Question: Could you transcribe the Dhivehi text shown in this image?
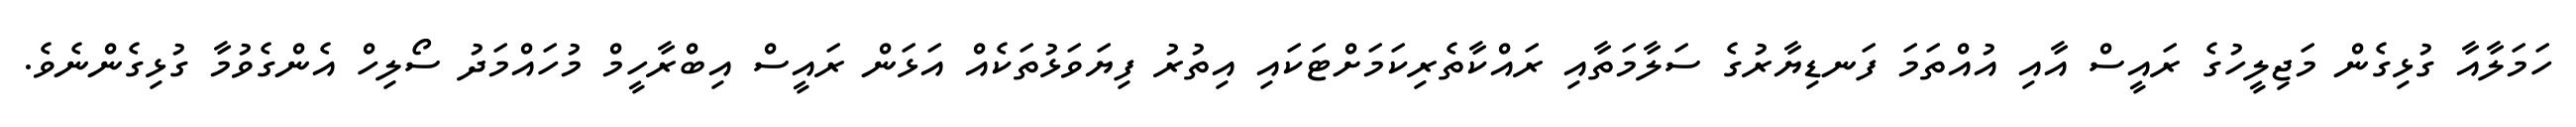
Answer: ހަމަލާއާ ގުޅިގެން މަޖިލީހުގެ ރައީސް އާއި އުއްތަމަ ފަނޑިޔާރުގެ ސަލާމަތާއި ރައްކާތެރިކަމަށްޓަކައި އިތުރު ފިޔަވަޅުތަކެއް އަޅަން ރައީސް އިބްރާހީމް މުހައްމަދު ސޯލިހް އެންގެވުމާ ގުޅިގެންނެވެ.